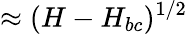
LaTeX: \approx(H-H_{bc})^{1/2}